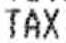
TAX